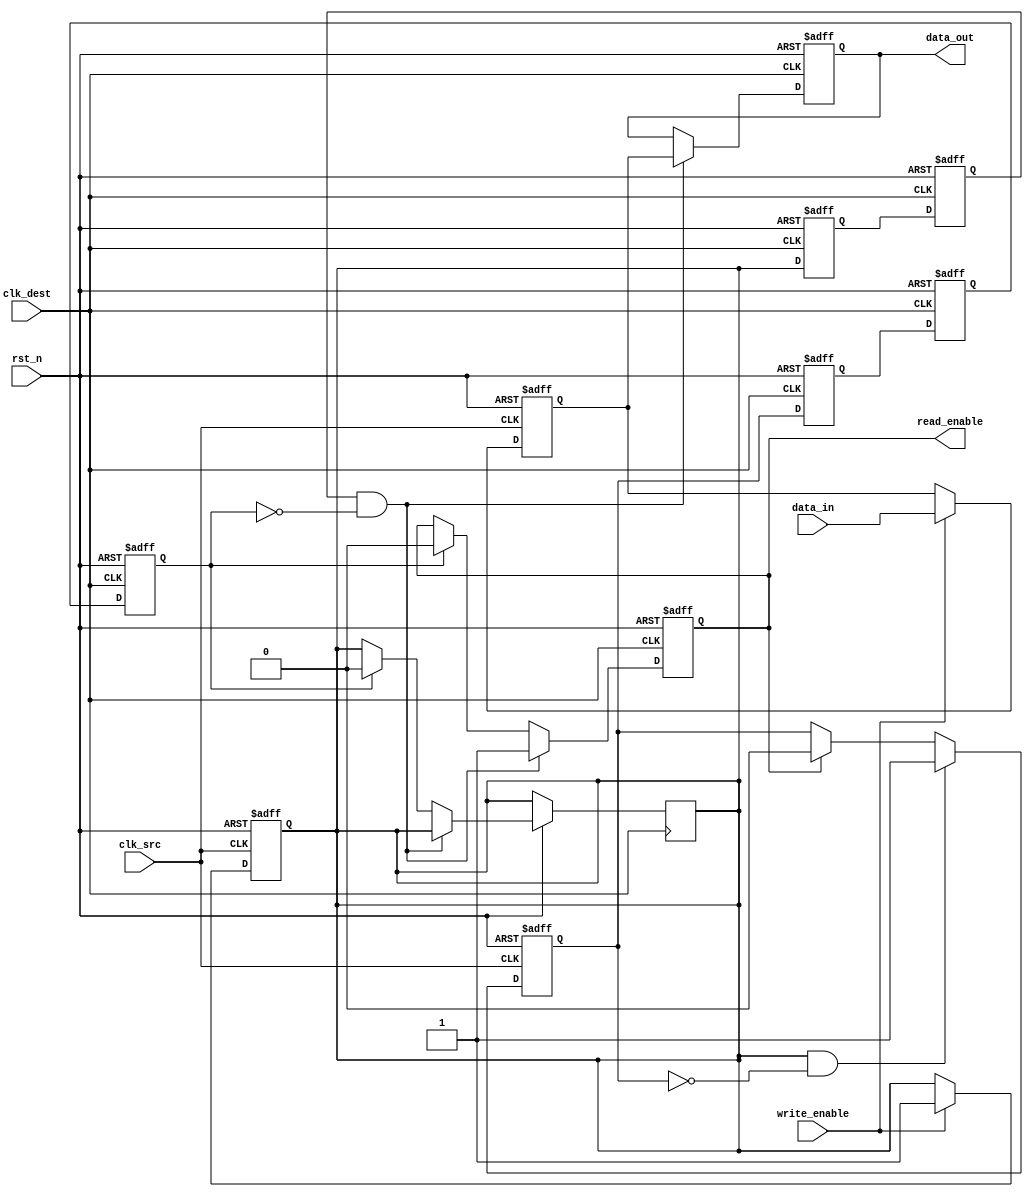
module handshake_synchronizer #(
    parameter DATA_WIDTH = 8 // parameter for the width of data
)(
    input wire clk_src,         // Source clock
    input wire clk_dest,        // Destination clock
    input wire rst_n,           // Asynchronous reset (active low)
    input wire [DATA_WIDTH-1:0] data_in, // Data input from source domain
    input wire write_enable,     // Write enable signal
    output reg [DATA_WIDTH-1:0] data_out, // Synchronized data output
    output reg read_enable       // Read enable signal
);

    // Internal signals for synchronization
    reg [DATA_WIDTH-1:0] data_latched;
    reg data_ready;
    reg ack_src, ack_dest;

    // Capture data in source clock domain
    always @(posedge clk_src or negedge rst_n) begin
        if (!rst_n) begin
            data_latched <= 0;
            data_ready <= 0;
        end else if (write_enable) begin
            data_latched <= data_in; // Latch data on write enable
            data_ready <= 1;         // Indicate data is ready
        end
    end

    // Two-stage synchronization for data_ready signal
    reg data_ready_sync1, data_ready_sync2;

    always @(posedge clk_dest or negedge rst_n) begin
        if (!rst_n) begin
            data_ready_sync1 <= 0;
            data_ready_sync2 <= 0;
            read_enable <= 0;
            data_out <= 0;
        end else begin
            // Synchronize data_ready signal
            data_ready_sync1 <= data_ready;
            data_ready_sync2 <= data_ready_sync1;

            // Handshake mechanism
            if (data_ready_sync2 && !ack_dest) begin
                read_enable <= 1;        // Indicate data is ready to be read
                data_out <= data_latched; // Transfer the latched data
            end else if (ack_dest) begin
                read_enable <= 0;        // Reset read enable when ack is received
                data_ready <= 0;         // Reset data_ready after reading
            end
        end
    end

    // Acknowledge signal generation
    always @(posedge clk_src or negedge rst_n) begin
        if (!rst_n) begin
            ack_src <= 0;
        end else if (data_ready && !ack_src) begin
            ack_src <= 1; // Assert ack when data is ready
        end else if (read_enable) begin
            ack_src <= 0; // Reset ack after read enable is asserted
        end
    end

    // Two-stage synchronization for ack signal
    reg ack_sync1, ack_sync2;

    always @(posedge clk_dest or negedge rst_n) begin
        if (!rst_n) begin
            ack_sync1 <= 0;
            ack_sync2 <= 0;
            ack_dest <= 0;
        end else begin
            // Synchronize ack signal
            ack_sync1 <= ack_src;
            ack_sync2 <= ack_sync1;

            // Drive ack_dest based on synchronized ack
            ack_dest <= ack_sync2;
        end
    end

endmodule